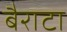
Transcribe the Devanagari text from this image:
बैराटा